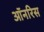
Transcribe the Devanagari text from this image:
ऑनरिस